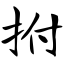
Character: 拊